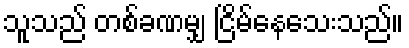
သူသည် တစ်ခဏမျှ ငြိမ်နေသေးသည်။